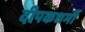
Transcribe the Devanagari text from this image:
दीपकधर्मी